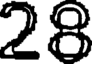
28